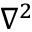
\nabla ^ { 2 }